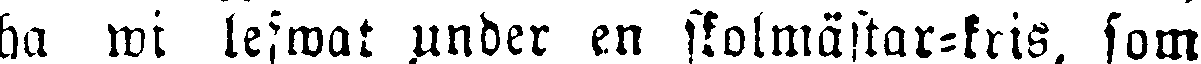
ha wi lefwat under en skolmästar-kris, som